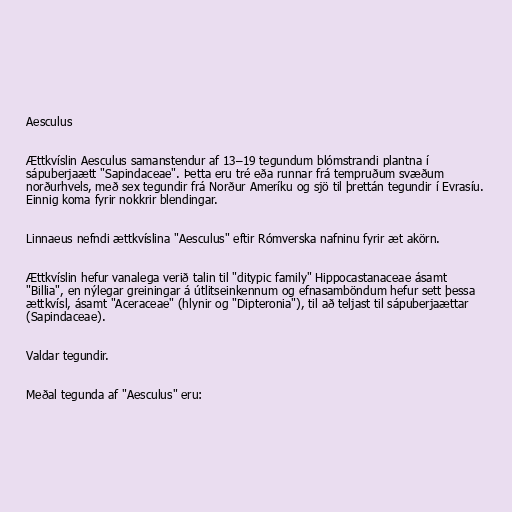
Aesculus

Ættkvíslin Aesculus samanstendur af 13–19 tegundum blómstrandi plantna í
sápuberjaætt "Sapindaceae". Þetta eru tré eða runnar frá tempruðum svæðum
norðurhvels, með sex tegundir frá Norður Ameríku og sjö til þrettán tegundir í Evrasíu.
Einnig koma fyrir nokkrir blendingar.

Linnaeus nefndi ættkvíslina "Aesculus" eftir Rómverska nafninu fyrir æt akörn.

Ættkvíslin hefur vanalega verið talin til "ditypic family" Hippocastanaceae ásamt
"Billia", en nýlegar greiningar á útlitseinkennum og efnasamböndum hefur sett þessa
ættkvísl, ásamt "Aceraceae" (hlynir og "Dipteronia"), til að teljast til sápuberjaættar
(Sapindaceae).

Valdar tegundir.

Meðal tegunda af "Aesculus" eru: